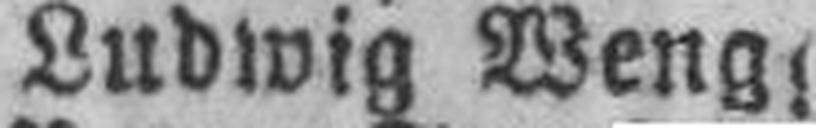
Ludwig Weng